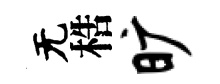
无梏旷